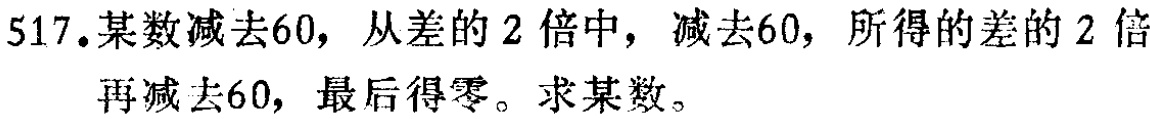
517. 某数减去60，从差的2倍中，减去60，所得的差的2倍再减去60，最后得零。求某数。